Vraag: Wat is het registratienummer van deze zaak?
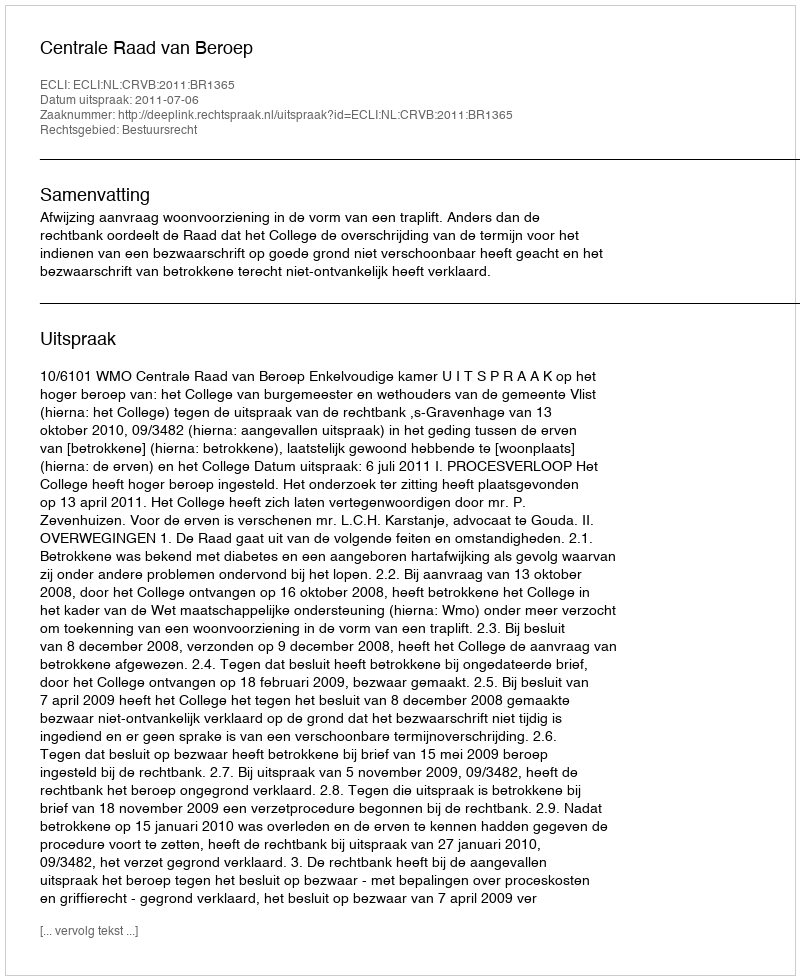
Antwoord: http://deeplink.rechtspraak.nl/uitspraak?id=ECLI:NL:CRVB:2011:BR1365